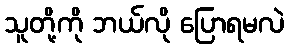
သူတို့ကို ဘယ်လို ပြောရမလဲ